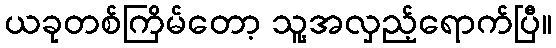
ယခုတစ်ကြိမ်တော့ သူ့အလှည့်ရောက်ပြီ။